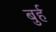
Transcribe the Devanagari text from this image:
बुर्ह